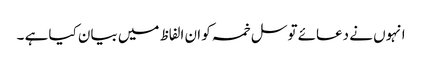
انہوں نے دعائے توسل خمسہ کو ان الفاظ میں بیان کیا ہے ۔